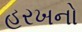
હરખનો